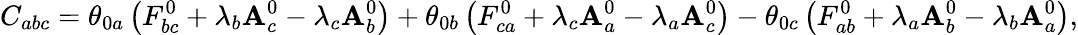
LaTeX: C_{abc}=\theta_{0a}\left(F_{bc}^{0}+\lambda_{b}\mathbf{A}_{c}^{0}-\lambda_{c}\mathbf{A}_{b}^{0}\right)+\theta_{0b}\left(F_{ca}^{0}+\lambda_{c}\mathbf{A}_{a}^{0}-\lambda_{a}\mathbf{A}_{c}^{0}\right)-\theta_{0c}\left(F_{ab}^{0}+\lambda_{a}\mathbf{A}_{b}^{0}-\lambda_{b}\mathbf{A}_{a}^{0}\right),